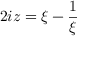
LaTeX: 2 i z = { \xi - { \frac { 1 } { \xi } } }